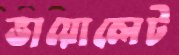
ভায়োলেট